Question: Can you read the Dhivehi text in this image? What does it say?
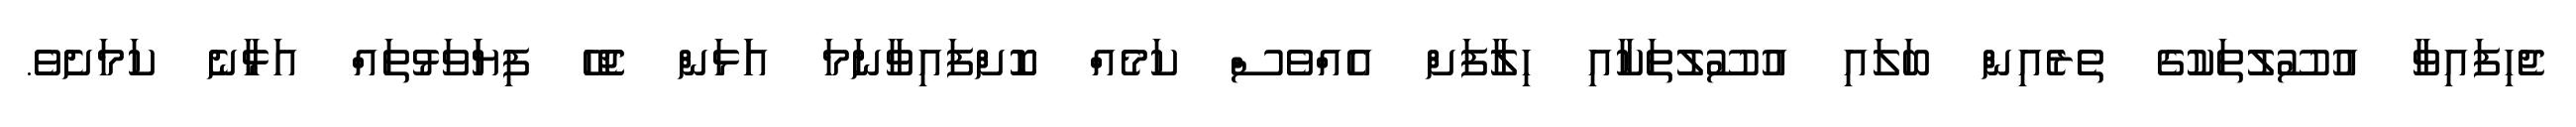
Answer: ޖެހިފައިވާ އުސޫލުތަކުގެ ތެެރެއިން ބަލައި އުސޫލުތަކާއި ހިލާފަށް އެއްވެސް ކަމެއް ކޮށްފައިވާނަމަ އަަަޅަން ޖެހޭ ފިޔަަވަޅުތައް އަޅާނެ ކަމަށެވެ.